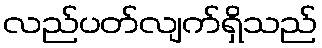
လည်ပတ်လျက်ရှိသည်